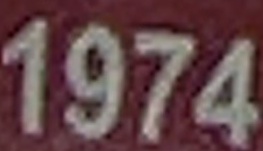
1974